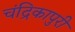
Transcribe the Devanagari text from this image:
चंद्रिकापुरी